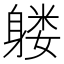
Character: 𲄧